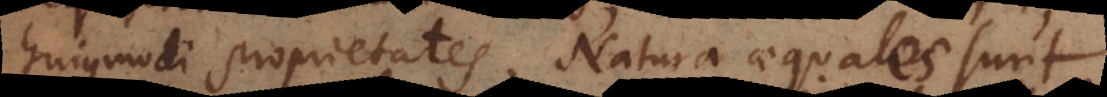
hujusmodi proprietates. Natura aequalia sunt